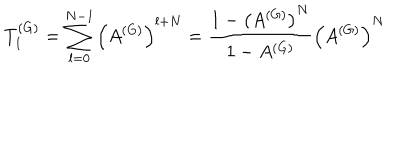
T _ { 1 } ^ { ( G ) } = \sum _ { l = 0 } ^ { N - 1 } \left( A ^ { ( G ) } \right) ^ { l + N } = \frac { 1 - \left( A ^ { ( G ) } \right) ^ { N } } { 1 - A ^ { ( G ) } } \left( A ^ { ( G ) } \right) ^ { N }